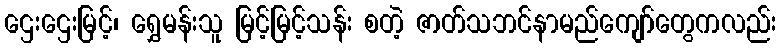
ဌေးဌေးမြင့်၊ ရွှေမန်းသူ မြင့်မြင့်သန်း စတဲ့ ဇာတ်သဘင်နာမည်ကျော်တွေကလည်း